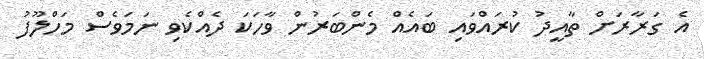
އެ ގަރާރަށް ތާއީދު ކުރައްވައި ބައެއް މެންބަރުން ވާހަކަ ދެއްކެވި ނަމަވެސް މަހްލޫފު